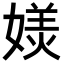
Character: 𭒏